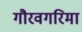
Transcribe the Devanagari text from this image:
गौरवगरिमा